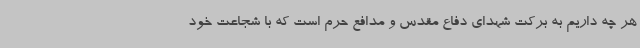
هر چه داریم به برکت شهدای دفاع مقدس و مدافع حرم است که با شجاعت خود